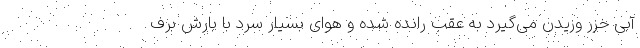
آبی خزر وزیدن می‌گیرد به عقب رانده شده و هوای بسیار سرد با بارش برف